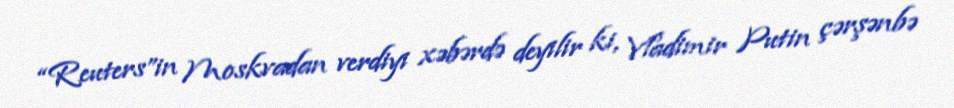
“Reuters”in Moskvadan verdiyi xəbərdə deyilir ki, Vladimir Putin çərşənbə